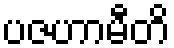
ပဇဟာမီတိ